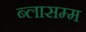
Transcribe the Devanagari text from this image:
ब्लासम्म